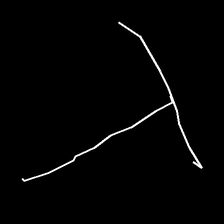
Glyph: column